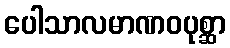
ပေါသာလမာဏဝပုစ္ဆာ